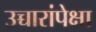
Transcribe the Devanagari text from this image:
उच्चारांपेक्षा